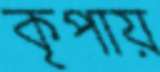
কৃপায়